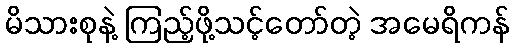
မိသားစုနဲ့ ကြည့်ဖို့သင့်တော်တဲ့ အမေရိကန်